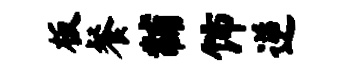
板餐黼饰逆